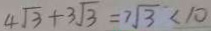
4 \sqrt { 3 } + 3 \sqrt { 3 } = 7 \sqrt { 3 } < 1 0